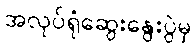
အလုပ်ရုံဆွေးနွေးပွဲမှ